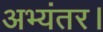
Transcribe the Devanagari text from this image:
अभ्यंतर।